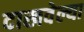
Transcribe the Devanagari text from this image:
दाखवेल्या